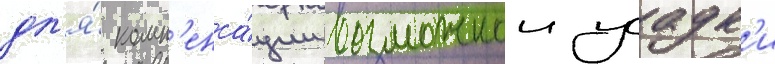
дл'я́ комп'енса́ции возможнои усадк'и